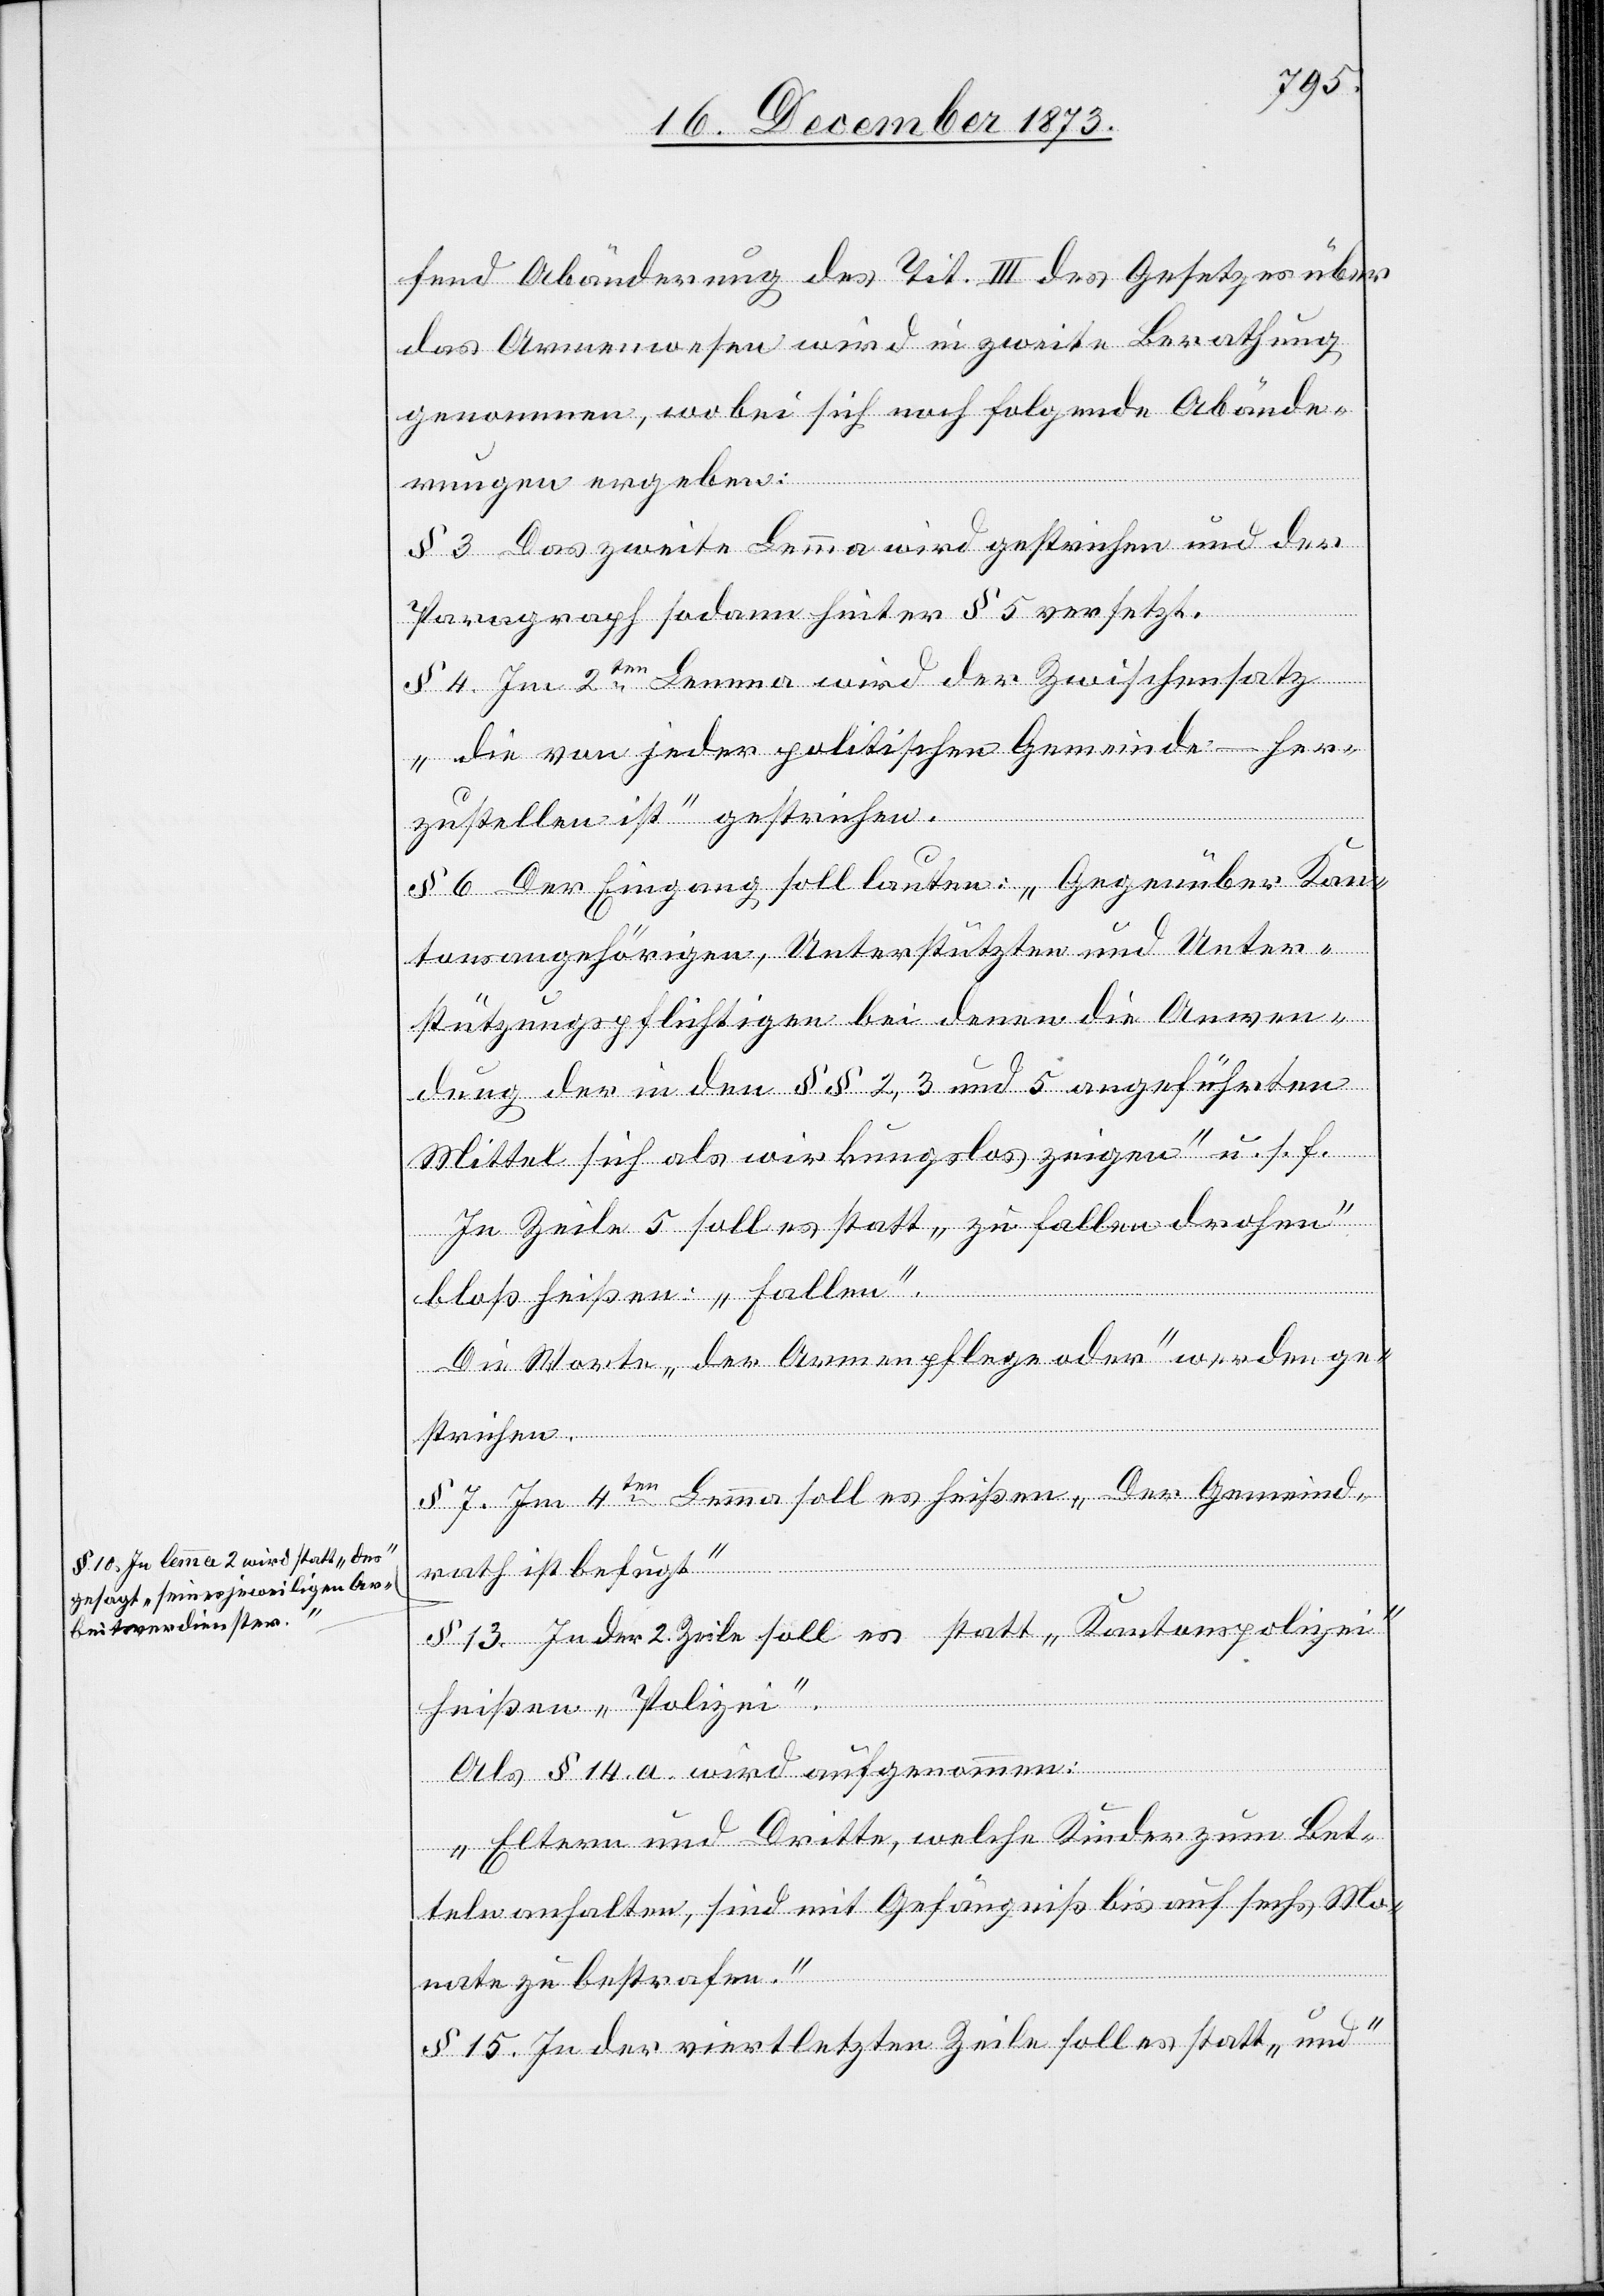
a-§ 10. In lemma 2 wird statt „des“
gesagt „seines jeweiligen Ar¬
beitsverdienstes.“-a

fend Abänderung des Tit. III des Gesetzes über
das Armenwesen wird in zweite Berathung
genommen, wobei sich noch folgende Abände¬
rungen ergeben:
§ 3 Das zweite Lemma wird gestrichen und der
Paragraph sodann hinter § 5 versetzt.
§ 4. Im 2ten Lemma wird der Zwischensatz
„die von jeder politischen Gemeinde – her¬
zustellen ist“ gestrichen.
§ 6. Der Eingang soll lauten: „Gegenüber Kan¬
tonsangehörigen, Unterstützten und Unter¬
stützungspflichtigen bei denen die Anwen¬
dung der in den §§ 2, 3 und 5 angeführten
Mittel sich als wirkungslos zeigen“ u. s. f.
In Zeile 5 soll es statt „zu fallen drohen“
bloß heißen: „fallen“.
Die Worte „der Armenpflege oder“ werden ge¬
strichen.
§ 7. Im 4ten Lemma soll es heißen „Der Gemeind¬
rath ist befugt“
§ 13. In der 2. Zeile soll es statt „Kantonspolizei“
heißen „Polizei“.
Als § 14. a. wird aufgenommen:
„Eltern und Dritte, welche Kinder zum Bet¬
teln anhalten, sind mit Gefängniß bis auf sechs Mo¬
nate zu bestrafen.“
§ 15. In der viertletzten Zeile soll es statt „und“